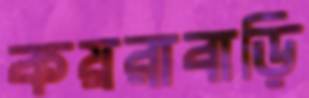
কয়রাবাড়ি